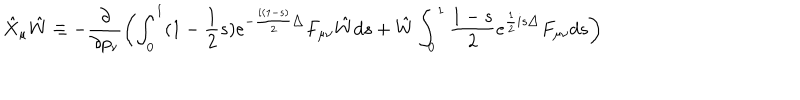
LaTeX: \hat { X } _ { \mu } \hat { W } \equiv - \frac { \partial } { \partial p _ { \nu } } \left( \int _ { 0 } ^ { 1 } ( 1 - \frac { 1 } { 2 } s ) e ^ { - \frac { i ( 1 - s ) } { 2 } \bigtriangleup } F _ { \mu \nu } \hat { W } d s + \hat { W } \int _ { 0 } ^ { 1 } \frac { 1 - s } { 2 } e ^ { \frac { 1 } { 2 } i s \bigtriangleup } F _ { \mu \nu } d s \right)